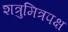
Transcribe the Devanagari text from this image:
शत्रुमित्रपक्ष